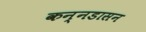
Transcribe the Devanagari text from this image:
कन्नडासन